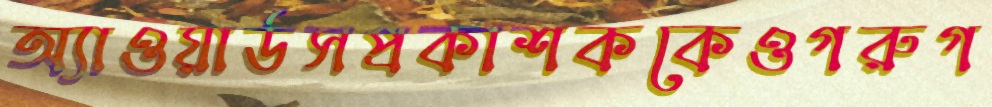
অ্যাওয়ার্ডসপ্রকাশককেওগরুগ